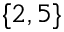
\{ 2 , 5 \}